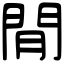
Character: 閒